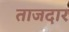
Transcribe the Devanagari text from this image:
ताजदार